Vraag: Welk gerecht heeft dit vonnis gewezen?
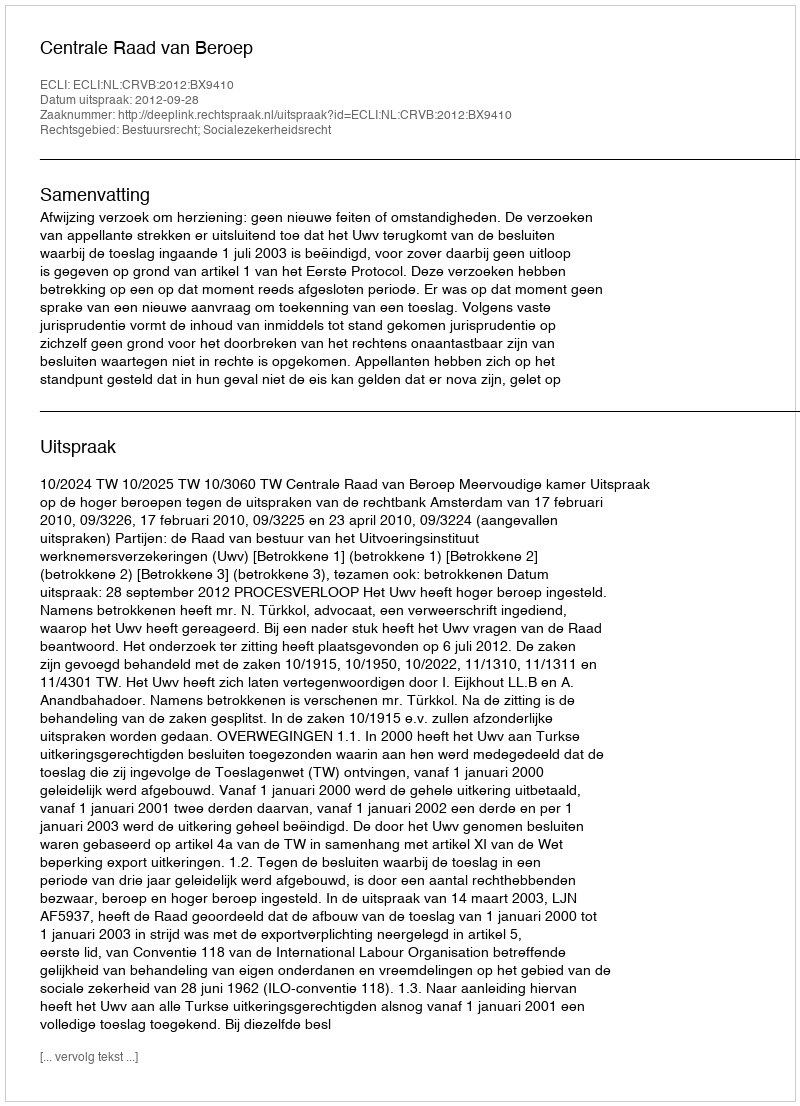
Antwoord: Centrale Raad van Beroep